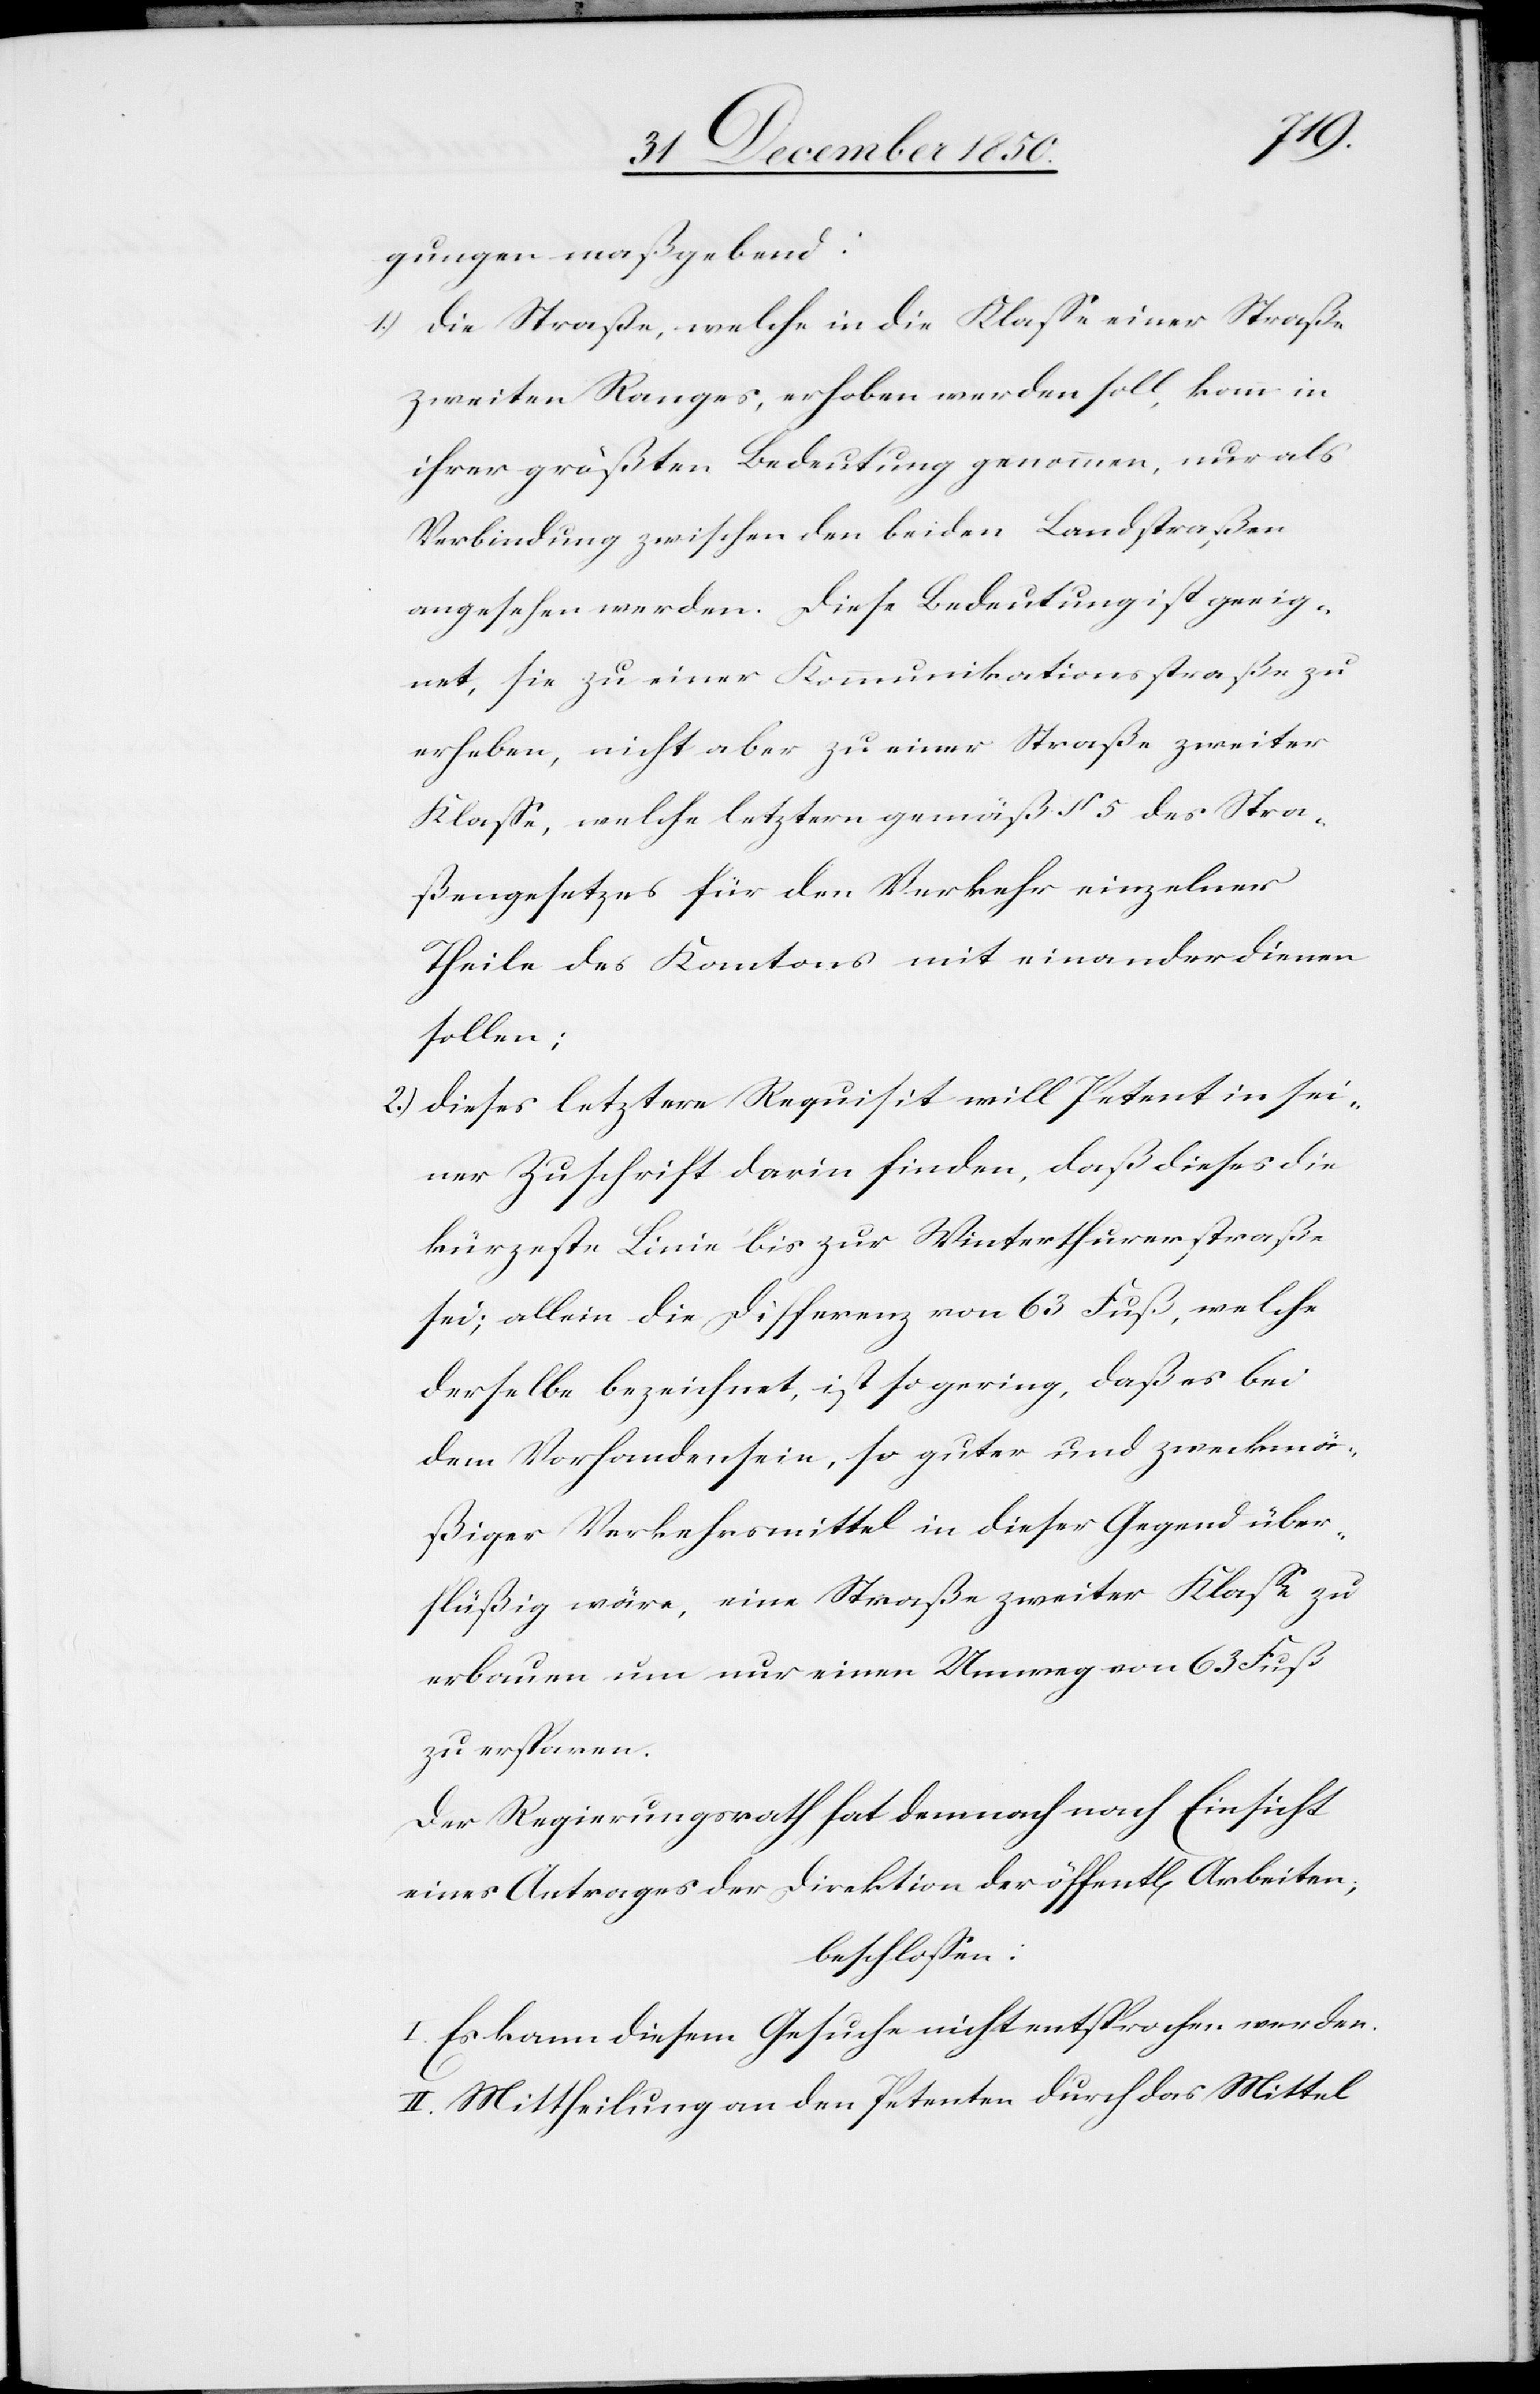
I.
gungen maßgebend:
1.) Die Straße, welche in die Klasse einer Straße
zweiten Ranges, erhoben werden soll, kann in
ihrer größten Bedeutung genommen, nur als
Verbindung zwischen den beiden Landstraßen
angesehen werden. Diese Bedeutung ist geeig¬
net, sie zu einer Kommunikationsstraße zu
erheben, nicht aber zu einer Straße zweiter
Klasse, welche letztern gemäß § 5 des Stra¬
ßengesetzes für den Verkehr einzelner
Theile des Kantons mit einander dienen
sollen;
2.) Dieses letztere Requisit will Petent in sei¬
ner Zuschrift darin finden, daß dieses die
kürzeste Linie bis zur Winterthurerstraße
sei; allein die Differenz von 63 Fuß, welche
derselbe bezeichnet, ist so gering, daß es bei
dem Vorhandensein, so guter und zweckmä¬
ßiger Verkehrsmittel in dieser Gegend über¬
flüßig wäre, eine Straße zweiter Klasse zu
erbauen um nur einen Umweg von 63 Fuß
zu ersparen.
Der Regierungsrath hat demnach nach Einsicht
eines Antrages der Direktion der öffentlichen Arbeiten;
beschlossen:
Es kann diesem Gesuche nicht entsprochen werden.
II. Mittheilung an den Petenten durch das Mittel